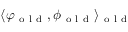
\langle \varphi _ { \mathrm { ~ o ~ l ~ d ~ } } , \phi _ { \mathrm { ~ o ~ l ~ d ~ } } \rangle _ { \mathrm { ~ o ~ l ~ d ~ } }